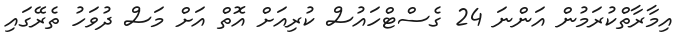
އިމާރާތްކުރަމުން އަންނަ 24 ގެސްޓްހައުސް ކުރިއަށް އޮތް އަށް މަސް ދުވަހު ތެރޭގައި